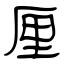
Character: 厘